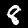
Label: 8